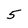
Character: 5